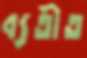
ব্যতীত